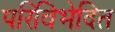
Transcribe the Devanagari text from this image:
परिविभेदित